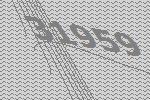
31959